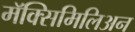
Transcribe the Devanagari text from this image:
मॅक्सिमिलिअन